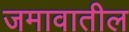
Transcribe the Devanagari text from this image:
जमावातील